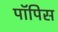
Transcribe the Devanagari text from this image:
पॉपिस